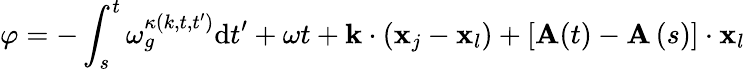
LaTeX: \varphi=-\int_{s}^{t}\omega_{g}^{\kappa(k,t,t^{\prime})}\mathrm{d}t^{\prime}+\omega t+\mathbf{k}\cdot\left(\mathbf{x}_{j}-\mathbf{x}_{l}\right)+\left[\mathbf{A}(t)-\mathbf{A}\left(s\right)\right]\cdot\mathbf{x}_{l}